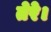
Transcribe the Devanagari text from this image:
तेरे।